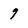
Character: 9